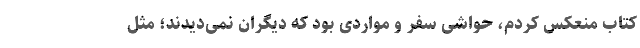
کتاب منعکس کردم، حواشی سفر و مواردی بود که دیگران نمی‌دیدند؛ مثل